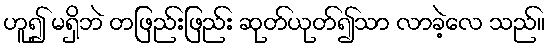
ဟူ၍ မရှိဘဲ တဖြည်းဖြည်း ဆုတ်ယုတ်၍သာ လာခဲ့လေ သည်။